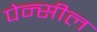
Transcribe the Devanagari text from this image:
पेन्सील